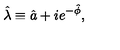
\hat { \lambda } \equiv \hat { a } + i e ^ { - \hat { \phi } } ,